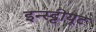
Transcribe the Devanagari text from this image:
इन्स्ट्टीयूट